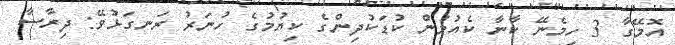
އޮމޭގާ 3 ހިމެނޭ ކާނާ ކެއުމުން ކުޑަކުދިންގެ ކިޔުމުގެ ހުނަރު ރަނގަޅުވޭ: ދިރާސާ